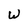
Character: W